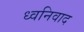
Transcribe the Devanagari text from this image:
ध्वनिवाद